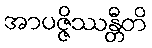
အာပဇ္ဇိဿန္တီတိ